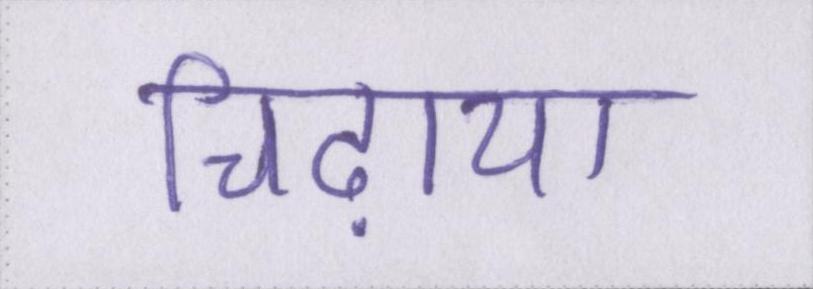
चिढ़ाया